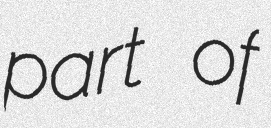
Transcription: part of